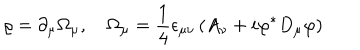
\varrho = \partial _ { \mu } \Omega _ { \mu } , \quad \Omega _ { \mu } = \frac 1 4 \epsilon _ { \mu \nu } \left( A _ { \nu } + i \varphi ^ { * } D _ { \mu } \varphi \right)